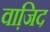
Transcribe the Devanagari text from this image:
वाजि़द